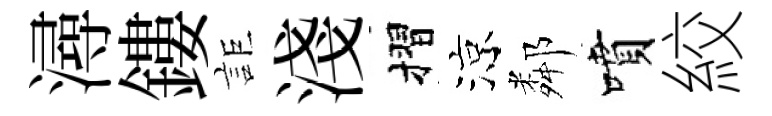
潯鏤詎淺摺涼鄰噴絞